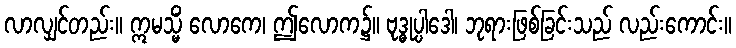
လာလျှင်တည်း။ ဣမသ္မိံ လောကေ၊ ဤလောက၌။ ဗုဒ္ဓုပ္ပါဒေါ၊ ဘုရားဖြစ်ခြင်းသည် လည်းကောင်း။